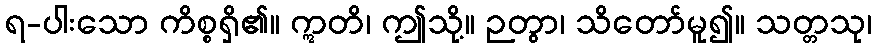
ရ-ပါးသော ကိစ္စရှိ၏။ ဣတိ၊ ဤသို့။ ဉတွာ၊ သိတော်မူ၍။ သတ္တသု၊